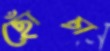
ছোঁচা